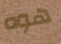
هوه